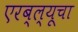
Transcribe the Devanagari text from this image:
एरब्ल्यूचा